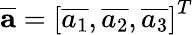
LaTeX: \overline{{\textbf{a}}}=\left[\overline{{a_{1}}},\overline{{a_{2}}},\overline{{a_{3}}}\right]^{T}